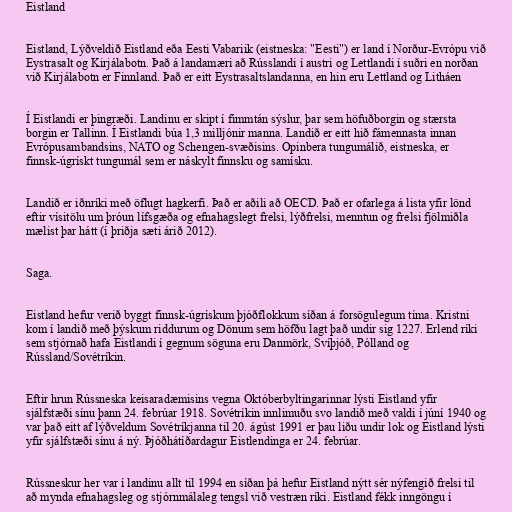
Eistland

Eistland, Lýðveldið Eistland eða Eesti Vabariik (eistneska: "Eesti") er land í Norður-Evrópu við
Eystrasalt og Kirjálabotn. Það á landamæri að Rússlandi í austri og Lettlandi í suðri en norðan
við Kirjálabotn er Finnland. Það er eitt Eystrasaltslandanna, en hin eru Lettland og Litháen

Í Eistlandi er þingræði. Landinu er skipt í fimmtán sýslur, þar sem höfuðborgin og stærsta
borgin er Tallinn. Í Eistlandi búa 1,3 milljónir manna. Landið er eitt hið fámennasta innan
Evrópusambandsins, NATO og Schengen-svæðisins. Opinbera tungumálið, eistneska, er
finnsk-úgrískt tungumál sem er náskylt finnsku og samísku.

Landið er iðnríki með öflugt hagkerfi. Það er aðili að OECD. Það er ofarlega á lista yfir lönd
eftir vísitölu um þróun lífsgæða og efnahagslegt frelsi, lýðfrelsi, menntun og frelsi fjölmiðla
mælist þar hátt (í þriðja sæti árið 2012).

Saga.

Eistland hefur verið byggt finnsk-úgrískum þjóðflokkum síðan á forsögulegum tíma. Kristni
kom í landið með þýskum riddurum og Dönum sem höfðu lagt það undir sig 1227. Erlend ríki
sem stjórnað hafa Eistlandi í gegnum söguna eru Danmörk, Svíþjóð, Pólland og
Rússland/Sovétríkin.

Eftir hrun Rússneska keisaradæmisins vegna Októberbyltingarinnar lýsti Eistland yfir
sjálfstæði sínu þann 24. febrúar 1918. Sovétríkin innlimuðu svo landið með valdi í júní 1940 og
var það eitt af lýðveldum Sovétríkjanna til 20. ágúst 1991 er þau liðu undir lok og Eistland lýsti
yfir sjálfstæði sínu á ný. Þjóðhátíðardagur Eistlendinga er 24. febrúar.

Rússneskur her var í landinu allt til 1994 en síðan þá hefur Eistland nýtt sér nýfengið frelsi til
að mynda efnahagsleg og stjórnmálaleg tengsl við vestræn ríki. Eistland fékk inngöngu í